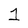
Character: 1